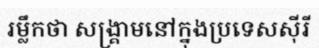
រម្លឹកថា សង្គ្រាមនៅក្នុងប្រទេសស៊ីរី